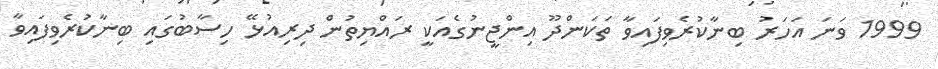
1999 ވަނަ އަހަރު ބިނާކުރެވިފައިވާ ތަކަންދޫ އިންޖީނުގެއަކީ ރައްޔިތުން ދިރިއުޅޭ ހިސާބުގައި ބިނާކުރެވިފައިވާ